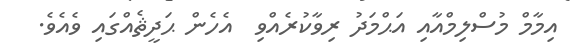
އިމާމް މުސްލިމްއާއި އަޙްމަދު ރިވާކުރެއްވި  އެހެން ޙަދީޘެއްގައި ވެއެވެ.